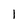
Character: 1